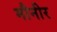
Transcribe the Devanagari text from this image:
मौनीर